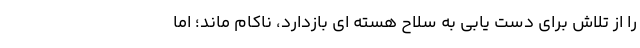
را از تلاش برای دست یابی به سلاح هسته ای بازدارد، ناکام ماند؛ اما